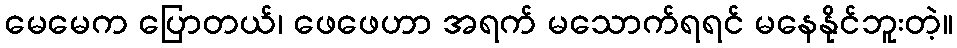
မေမေက ပြောတယ်၊ ဖေဖေဟာ အရက် မသောက်ရရင် မနေနိုင်ဘူးတဲ့။